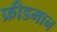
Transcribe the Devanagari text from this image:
फ्रीडमान